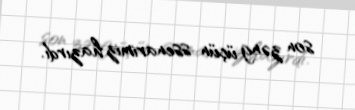
son zəng üçün ssenarimiz hazırdı.